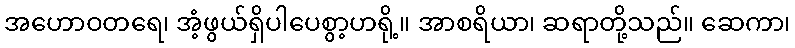
အဟောဝတရေ၊ အံ့ဖွယ်ရှိပါပေစွာ့ဟရို့။ အာစရိယာ၊ ဆရာတို့သည်။ ဆေကာ၊